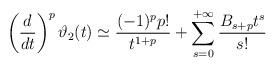
LaTeX: \begin{align*}\left( \frac{d}{dt}\right) ^{p}\vartheta _{2}(t)\simeq \frac{(-1)^{p}p!}{t^{1+p}}+\sum\limits_{s=0}^{+\infty }\frac{B_{s+p}t^{s}}{s!} \end{align*}